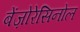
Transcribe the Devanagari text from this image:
बेंज़ोरेसिनोल